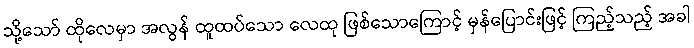
သို့သော် ထိုလေမှာ အလွန် ထူထပ်သော လေထု ဖြစ်သောကြောင့် မှန်ပြောင်းဖြင့် ကြည့်သည့် အခါ